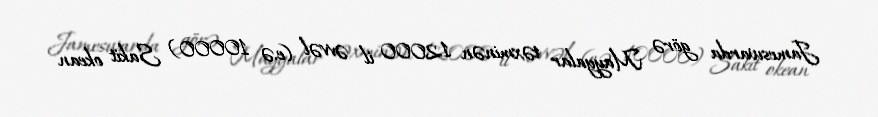
Jameswarda görə Mayyalar təxminən 12000 il əvvəl (e.ə 10000) Sakit okean